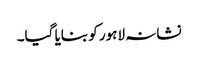
نشانہ لاہور کو بنایا گیا۔